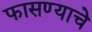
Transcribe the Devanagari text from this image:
फासण्याचे